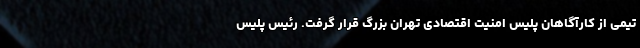
تیمی از کارآگاهان پلیس امنیت اقتصادی تهران بزرگ قرار گرفت. رئیس پلیس